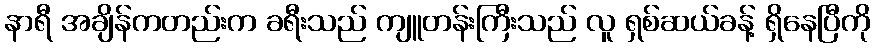
နာရီ အချိန်ကတည်းက ခရီးသည် ကျူတန်းကြီးသည် လူ ရှစ်ဆယ်ခန့် ရှိနေပြီကို